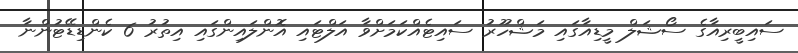
ސައިބީރިއާގެ ސޯޝަލް މީޑިއާގައި މަޝްހޫރު ސައިޓެއްކަމަށްވާ އަލްޓައި އޮންލައިންގައި އިތުރު 6 ކެންޑިޑޭޓުންނާ